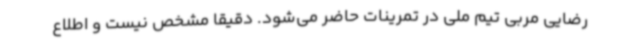
رضایی مربی تیم ملی در تمرینات حاضر می‌شود. دقیقا مشخص نیست و اطلاع